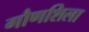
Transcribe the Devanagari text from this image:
गौणशिला